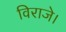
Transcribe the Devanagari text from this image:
विराजे।